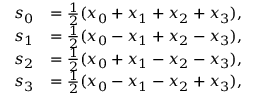
{ \begin{array} { r l } { s _ { 0 } } & { = { \frac { 1 } { 2 } } ( x _ { 0 } + x _ { 1 } + x _ { 2 } + x _ { 3 } ) , } \\ { s _ { 1 } } & { = { \frac { 1 } { 2 } } ( x _ { 0 } - x _ { 1 } + x _ { 2 } - x _ { 3 } ) , } \\ { s _ { 2 } } & { = { \frac { 1 } { 2 } } ( x _ { 0 } + x _ { 1 } - x _ { 2 } - x _ { 3 } ) , } \\ { s _ { 3 } } & { = { \frac { 1 } { 2 } } ( x _ { 0 } - x _ { 1 } - x _ { 2 } + x _ { 3 } ) , } \end{array} }